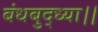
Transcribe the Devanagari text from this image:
बंधबुद्ध्या।।